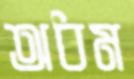
অধম